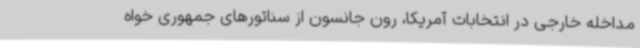
مداخله خارجی در انتخابات آمریکا، رون جانسون از سناتورهای جمهوری خواه